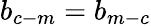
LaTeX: b_{c-m}=b_{m-c}